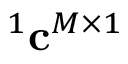
^ 1 { \bf c } ^ { M \times 1 }